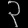
Digit: ၃